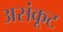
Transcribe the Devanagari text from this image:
असंकूट